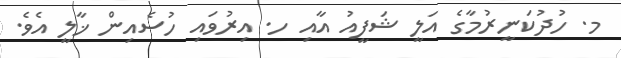
މ. ހުދުކަނީރުމާގެ އަލީ ޝަފީއު އާއި ހ. އިރުވައި ހުސެއިން ޚާލީ އެވެ.